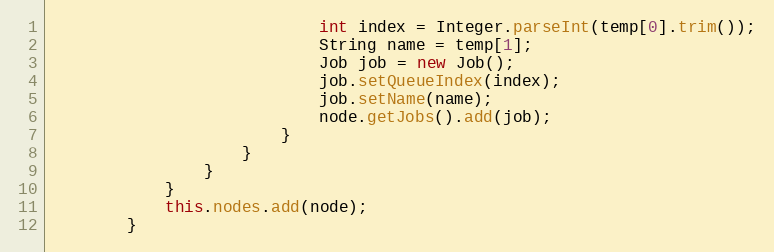
Language: Java
                            int index = Integer.parseInt(temp[0].trim());
                            String name = temp[1];
                            Job job = new Job();
                            job.setQueueIndex(index);
                            job.setName(name);
                            node.getJobs().add(job);
                        }
                    }
                }
            }
            this.nodes.add(node);
        }